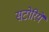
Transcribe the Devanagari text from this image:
सटोरिये